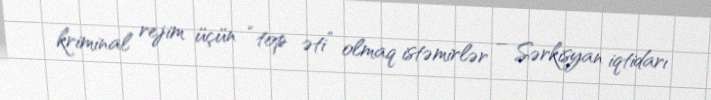
kriminal rejim üçün “top əti” olmaq istəmirlər – Sərkisyan iqtidarı